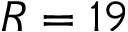
R = 1 9